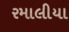
રમાલીયા